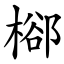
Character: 㮝